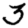
Digit: 3